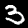
Label: 3